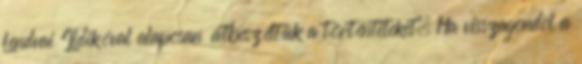
Lendvai Ildikóval alaposan átbeszéltük a történteteket. Ha visszagondol a